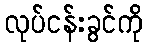
လုပ်ငန်းခွင်ကို